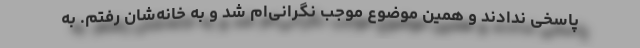
پاسخی ندادند و همین موضوع موجب نگرانی‌ام شد و به خانه‌شان رفتم. به